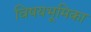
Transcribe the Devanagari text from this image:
विषयभूमिका